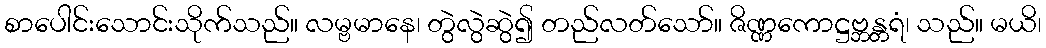
စာပေါင်းသောင်းသိုက်သည်။ လမ္ဗမာနေ၊ တွဲလွဲဆွဲ၍ တည်လတ်သော်။ ဇိဏ္ဏကောဋ္ဌဗ္ဘန္တရံ၊ သည်။ မယိ၊